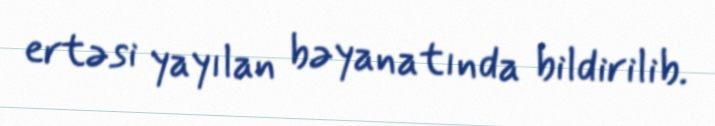
ertəsi yayılan bəyanatında bildirilib.